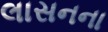
લાસનના